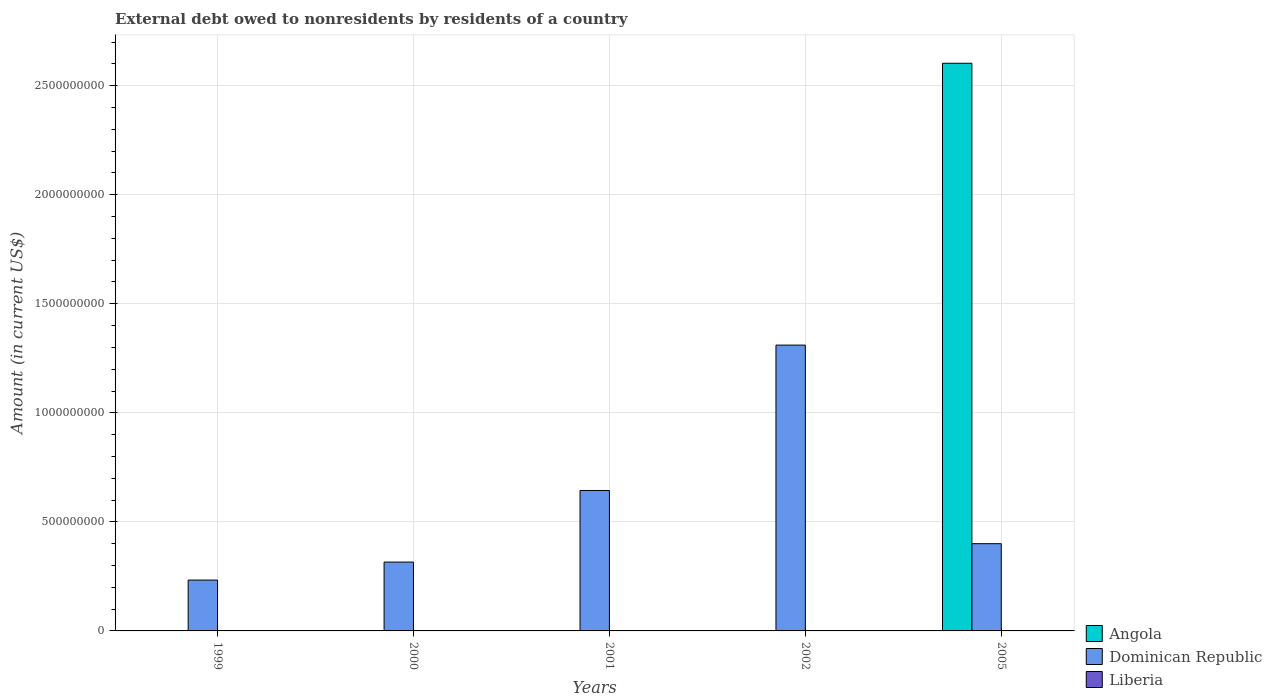
| Years | Angola | Dominican Republic | Liberia |
 | --- | --- | --- | --- |
 | 1999 | -5.3e+08 | 2.33e+08 | -6e+05 |
 | 2000 | -7.33e+08 | 3.16e+08 | -6.01e+05 |
 | 2001 | -1.02e+09 | 6.44e+08 | -5.75e+05 |
 | 2002 | -3.11e+08 | 1.31e+09 | -3.11e+05 |
 | 2005 | 2.6e+09 | 4e+08 | -6.2e+04 |